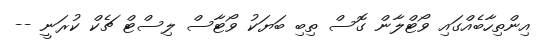
އިންތިހާބެއްގައި ވޯޓްލާން ގޮސް ތިބި ބަޔަކު ވޯޓާސް ލިސްޓް ޗެކް ކުރަނީ --